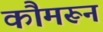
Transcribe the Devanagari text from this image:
कौमरून